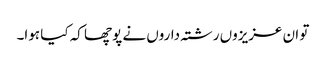
تو ان عزیزوں رشتہ داروں نے پوچھا کہ کیا ہوا۔